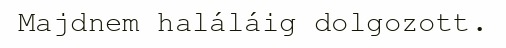
Majdnem haláláig dolgozott.